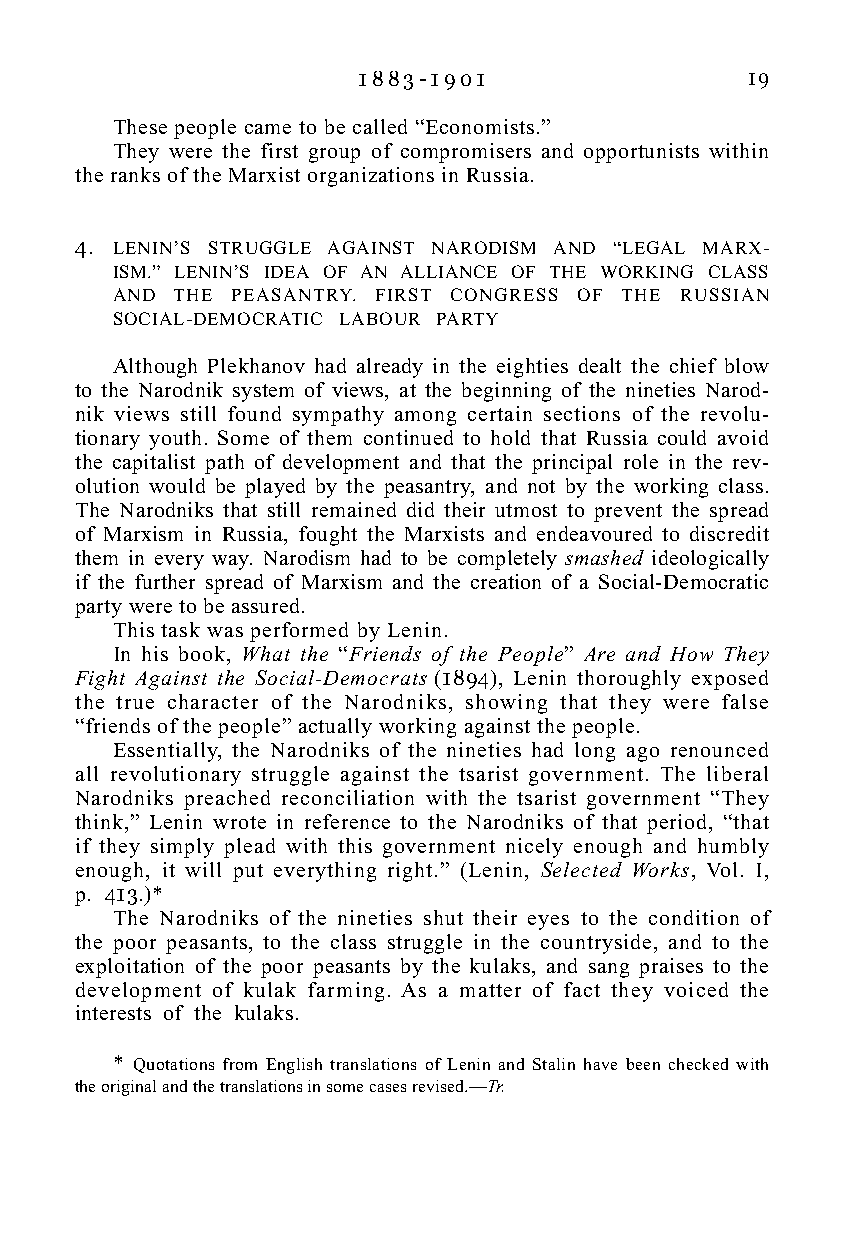
1 8 8 3 - 1 9 0 1        19
 These people came to be called “Economists.”
 They were the first group of compromisers and opportunists within
 the ranks of the Marxist organizations in Russia.
 4. LENIN’S STRUGGLE AGAINST NARODISM AND “LEGAL MARX-
 ISM.” LENIN’S IDEA OF AN ALLIANCE OF THE WORKING CLASS
 AND  THE PEASANTRY. FIRST CONGRESS OF THE RUSSIAN
 SOCIAL-DEMOCRATIC LABOUR PARTY
 Although Plekhanov had already in the eighties dealt the chief blow
 to the Narodnik system of views, at the beginning of the nineties Narod-
 nik views still found sympathy among certain sections of the revolu-
 tionary youth. Some of them continued to hold that Russia could avoid
 the capitalist path of development and that the principal role in the rev-
 olution would be played by the peasantry, and not by the working class.
 The Narodniks that still remained did their utmost to prevent the spread
 of Marxism in Russia, fought the Marxists and endeavoured to discredit
 them in every way. Narodism had to be completely smashed ideologically
 if the further spread of Marxism and the creation of a Social-Democratic
 party were to be assured.
 This task was performed by Lenin.
 In his book, What the “Friends of the People” Are and How They
 Fight Against the Social-Democrats (1894), Lenin thoroughly exposed
 the true character of the Narodniks, showing that they were false
 “friends of the people” actually working against the people.
 Essentially, the Narodniks of the nineties had long ago renounced
 all revolutionary struggle against the tsarist government. The liberal
 Narodniks preached reconciliation with the tsarist government “They
 think,” Lenin wrote in reference to the Narodniks of that period, “that
 if they simply plead with this government nicely enough and humbly
 enough, it will put everything right.” (Lenin, Selected Works, Vol. I,
 p. 413.)*
 The Narodniks of the nineties shut their eyes to the condition of
 the poor peasants, to the class struggle in the countryside, and to the
 exploitation of the poor peasants by the kulaks, and sang praises to the
 development of kulak farming. As a matter of fact they voiced the
 interests of the kulaks.
 * Quotations from English translations of Lenin and Stalin have been checked with
 the original and the translations in some cases revised.—Tr.